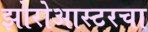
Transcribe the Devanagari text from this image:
झोरोआस्टरचा